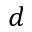
d